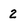
Character: 2